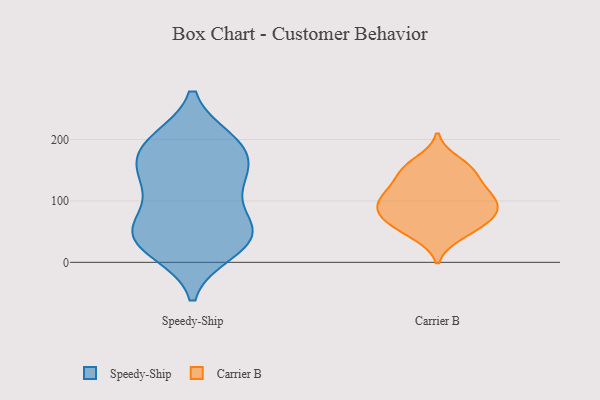
{"axis": {"x": "Market Share (%)", "y": "Value"}, "legend": ["Carrier B", "Speedy-Ship"], "data": [{"x": "", "y": 39, "type": "Speedy-Ship"}, {"x": "", "y": 168, "type": "Speedy-Ship"}, {"x": "", "y": 25, "type": "Speedy-Ship"}, {"x": "", "y": 61, "type": "Speedy-Ship"}, {"x": "", "y": 196, "type": "Speedy-Ship"}, {"x": "", "y": 124, "type": "Speedy-Ship"}, {"x": "", "y": 187, "type": "Speedy-Ship"}, {"x": "", "y": 32, "type": "Speedy-Ship"}, {"x": "", "y": 198, "type": "Speedy-Ship"}, {"x": "", "y": 50, "type": "Speedy-Ship"}, {"x": "", "y": 141, "type": "Speedy-Ship"}, {"x": "", "y": 18, "type": "Speedy-Ship"}, {"x": "", "y": 129, "type": "Speedy-Ship"}, {"x": "", "y": 191, "type": "Speedy-Ship"}, {"x": "", "y": 63, "type": "Speedy-Ship"}, {"x": "", "y": 62, "type": "Speedy-Ship"}, {"x": "", "y": 143, "type": "Speedy-Ship"}, {"x": "", "y": 43, "type": "Carrier B"}, {"x": "", "y": 144, "type": "Carrier B"}, {"x": "", "y": 68, "type": "Carrier B"}, {"x": "", "y": 165, "type": "Carrier B"}, {"x": "", "y": 93, "type": "Carrier B"}, {"x": "", "y": 79, "type": "Carrier B"}, {"x": "", "y": 81, "type": "Carrier B"}, {"x": "", "y": 76, "type": "Carrier B"}, {"x": "", "y": 111, "type": "Carrier B"}, {"x": "", "y": 48, "type": "Carrier B"}, {"x": "", "y": 128, "type": "Carrier B"}, {"x": "", "y": 108, "type": "Carrier B"}, {"x": "", "y": 150, "type": "Carrier B"}, {"x": "", "y": 103, "type": "Carrier B"}, {"x": "", "y": 153, "type": "Carrier B"}, {"x": "", "y": 65, "type": "Carrier B"}, {"x": "", "y": 107, "type": "Carrier B"}]}